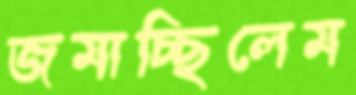
জমাচ্ছিলেম